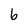
Character: 6